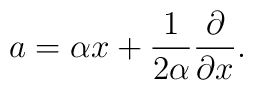
a=\alpha x +\frac{1}{2\alpha}\frac{\partial}{\partial x}.